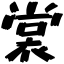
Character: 裳